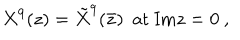
X ^ { 9 } ( z ) = { \tilde { X } } ^ { 9 } ( \bar { z } ) \ \ \mathrm { a t \ I m } z = 0 \ ,